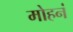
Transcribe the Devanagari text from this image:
मोहनं